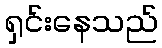
ရှင်းနေသည်